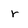
Character: r